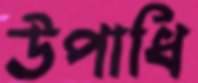
উপাধি